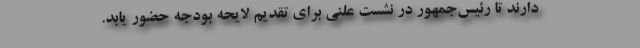
دارند تا رئیس‌جمهور در نشست علنی برای تقدیم لایحه بودجه حضور یابد.